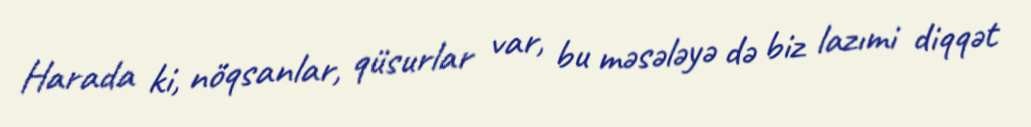
Harada ki, nöqsanlar, qüsurlar var, bu məsələyə də biz lazımi diqqət